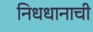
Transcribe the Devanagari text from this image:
निधधानाची